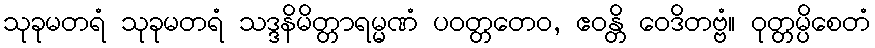
သုခုမတရံ သုခုမတရံ သဒ္ဒနိမိတ္တာရမ္မဏံ ပဝတ္တတေဝ, ဧဝန္တိ ဝေဒိတဗ္ဗံ။ ဝုတ္တမ္ပိစေတံ